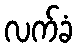
လက်ခံ